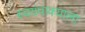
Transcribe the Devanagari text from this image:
स्वयंपाक्याला